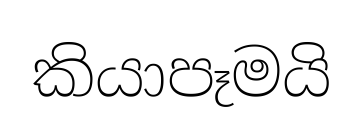
කියාපෑමයි